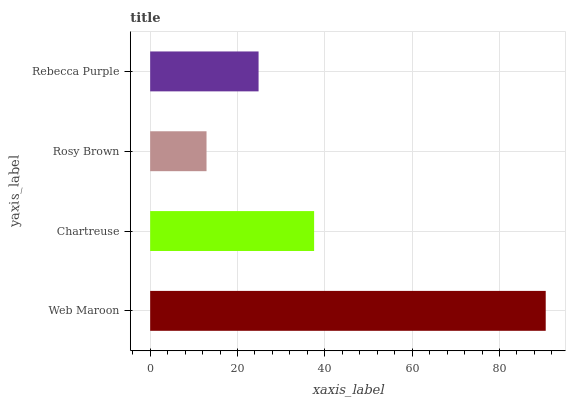
| yaxis_label | bars |
 | --- | --- |
 | Web Maroon | 90.6 |
 | Chartreuse | 37.5 |
 | Rosy Brown | 12.9 |
 | Rebecca Purple | 24.8 |